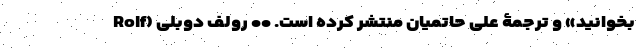
بخوانید» و ترجمۀ علی حاتمیان منتشر کرده است. •• رولف دوبلی (Rolf